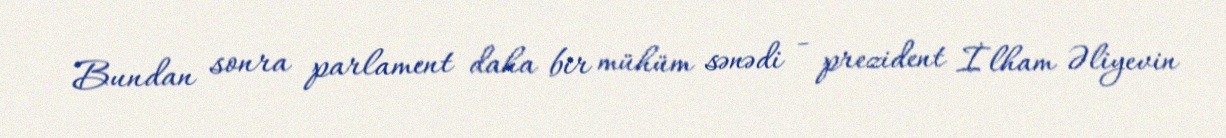
Bundan sonra parlament daha bir mühüm sənədi - prezident İlham Əliyevin